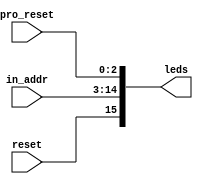
`timescale 1ns / 1ps
//////////////////////////////////////////////////////////////////////////////////
// Company: 
// Engineer: 
// 
// Design Name: 
// Module Name: led
// Project Name: 
// Target Devices: 
// Tool Versions: 
// Description: 
// 
// Dependencies: 
// 
// Revision:
// Revision 0.01 - File Created
// Additional Comments:
// 
//////////////////////////////////////////////////////////////////////////////////
module led(reset,pro_reset,in_addr,leds);
input reset; //
input [2:0]pro_reset;   //3PC
//001pc
//010
//011
//100
//101
input [11:0]in_addr;    //,124K
output [15:0]leds;  //16led

assign leds[15]=reset;  //,

assign leds[2:0]=pro_reset;   //led

assign leds[14:3]=in_addr;  //led

endmodule